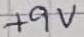
Text: +9V